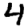
Digit: 4